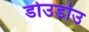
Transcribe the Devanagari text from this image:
डोउडोउ